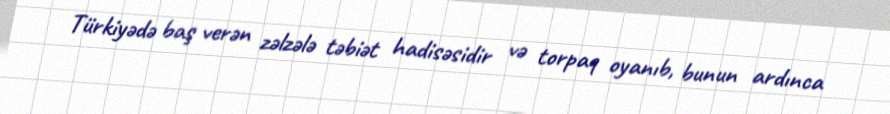
Türkiyədə baş verən zəlzələ təbiət hadisəsidir və torpaq oyanıb, bunun ardınca